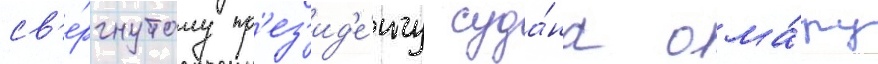
св'е́ргнутому пр'ез'ид'е́нту суда́на ома́ру